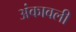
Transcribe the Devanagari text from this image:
अंकावली